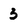
Character: 3